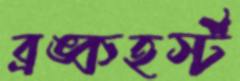
ব্রঙ্কহর্স্ট